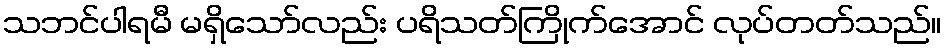
သဘင်ပါရမီ မရှိသော်လည်း ပရိသတ်ကြိုက်အောင် လုပ်တတ်သည်။